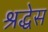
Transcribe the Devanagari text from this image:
श्रद्धेस